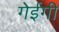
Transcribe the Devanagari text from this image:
गेईगी